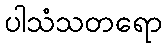
ပါသံသတရော